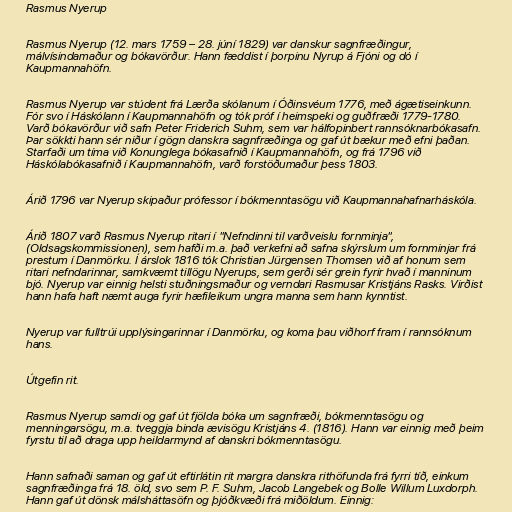
Rasmus Nyerup

Rasmus Nyerup (12. mars 1759 – 28. júní 1829) var danskur sagnfræðingur,
málvísindamaður og bókavörður. Hann fæddist í þorpinu Nyrup á Fjóni og dó í
Kaupmannahöfn.

Rasmus Nyerup var stúdent frá Lærða skólanum í Óðinsvéum 1776, með ágætiseinkunn.
Fór svo í Háskólann í Kaupmannahöfn og tók próf í heimspeki og guðfræði 1779-1780.
Varð bókavörður við safn Peter Friderich Suhm, sem var hálfopinbert rannsóknarbókasafn.
Þar sökkti hann sér niður í gögn danskra sagnfræðinga og gaf út bækur með efni þaðan.
Starfaði um tíma við Konunglega bókasafnið í Kaupmannahöfn, og frá 1796 við
Háskólabókasafnið í Kaupmannahöfn, varð forstöðumaður þess 1803.

Árið 1796 var Nyerup skipaður prófessor í bókmenntasögu við Kaupmannahafnarháskóla.

Árið 1807 varð Rasmus Nyerup ritari í "Nefndinni til varðveislu fornminja",
(Oldsagskommissionen), sem hafði m.a. það verkefni að safna skýrslum um fornminjar frá
prestum í Danmörku. Í árslok 1816 tók Christian Jürgensen Thomsen við af honum sem
ritari nefndarinnar, samkvæmt tillögu Nyerups, sem gerði sér grein fyrir hvað í manninum
bjó. Nyerup var einnig helsti stuðningsmaður og verndari Rasmusar Kristjáns Rasks. Virðist
hann hafa haft næmt auga fyrir hæfileikum ungra manna sem hann kynntist.

Nyerup var fulltrúi upplýsingarinnar í Danmörku, og koma þau viðhorf fram í rannsóknum
hans.

Útgefin rit.

Rasmus Nyerup samdi og gaf út fjölda bóka um sagnfræði, bókmenntasögu og
menningarsögu, m.a. tveggja binda ævisögu Kristjáns 4. (1816). Hann var einnig með þeim
fyrstu til að draga upp heildarmynd af danskri bókmenntasögu.

Hann safnaði saman og gaf út eftirlátin rit margra danskra rithöfunda frá fyrri tíð, einkum
sagnfræðinga frá 18. öld, svo sem P. F. Suhm, Jacob Langebek og Bolle Willum Luxdorph.
Hann gaf út dönsk málsháttasöfn og þjóðkvæði frá miðöldum. Einnig: